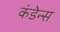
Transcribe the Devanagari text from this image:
कंडेन्स